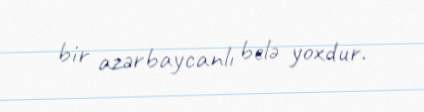
bir azərbaycanlı belə yoxdur.